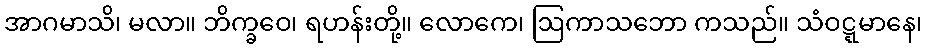
အာဂမာသိ၊ မလာ။ ဘိက္ခဝေ၊ ရဟန်းတို့။ လောကေ၊ ဩကာသဘော ကသည်။ သံဝဋ္ဋမာနေ၊